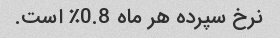
نرخ سپرده هر ماه 0.8٪ است.